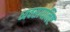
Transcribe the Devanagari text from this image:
व्यवसायनिष्ट